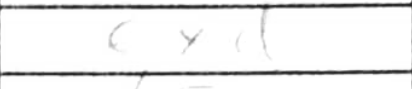
Transcription: exd